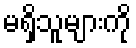
မရှိသူများကို